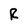
Character: R